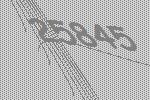
25845